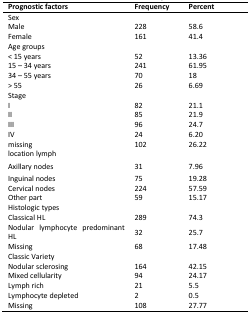
| Prognostic factors | Frequency | Percent |
 | --- | --- | --- |
 | <COLSPAN=3> Sex |
 | Male | 228 | 58.6 |
 | Female | 161 | 41.4 |
 | <COLSPAN=3> Age groups |
 | < 15 years | 52 | 13.36 |
 | 15 – 34 years | 241 | 61.95 |
 | 34 – 55 years | 70 | 18 |
 | > 55 | 26 | 6.69 |
 | <COLSPAN=3> Stage |
 | I | 82 | 21.1 |
 | II | 85 | 21.9 |
 | III | 96 | 24.7 |
 | IV | 24 | 6.20 |
 | missing | 102 | 26.22 |
 | <COLSPAN=3> location lymph |
 | Axillary nodes | 31 | 7.96 |
 | Inguinal nodes | 75 | 19.28 |
 | Cervical nodes | 224 | 57.59 |
 | Other part | 59 | 15.17 |
 | <COLSPAN=3> Histologic types |
 | Classical HL | 289 | 74.3 |
 | Nodular lymphocyte predominant HL | 32 | 25.7 |
 | Missing | 68 | 17.48 |
 | <COLSPAN=3> Classic Variety |
 | Nodular sclerosing | 164 | 42.15 |
 | Mixed cellularity | 94 | 24.17 |
 | Lymph rich | 21 | 5.5 |
 | Lymphocyte depleted | 2 | 0.5 |
 | Missing | 108 | 27.77 |